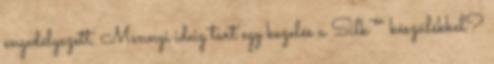
engedélyezett. Mennyi ideig tart egy kezelés a Silk’™ készülékkel?